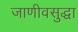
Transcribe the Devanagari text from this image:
जाणीवसुद्धा